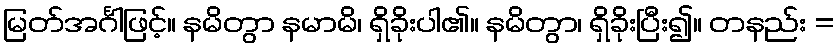
မြတ်အင်္ဂါဖြင့်။ နမိတွာ နမာမိ၊ ရှိခိုးပါ၏။ နမိတွာ၊ ရှိခိုးပြီး၍။ တနည်း =